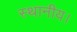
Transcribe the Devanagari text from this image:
स्‍थानीय।